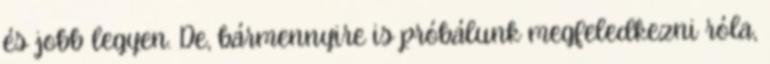
és jobb legyen. De, bármennyire is próbálunk megfeledkezni róla,